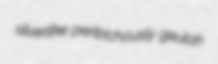
silverlike peritrichously geulah